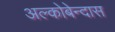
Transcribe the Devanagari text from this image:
अल्कोबेन्दास